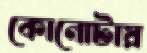
কোনোটায়